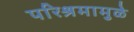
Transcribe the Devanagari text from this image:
परिश्रमामुळे